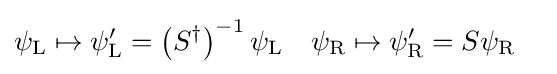
{\begin{aligned}\psi _{\rm {L}}\mapsto \psi _{\rm {L}}^{\prime }&=\left(S^{\dagger }\right)^{-1}\psi _{\rm {L}}&\psi _{\rm {R}}\mapsto \psi _{\rm {R}}^{\prime }&=S\psi _{\rm {R}}\end{aligned}}